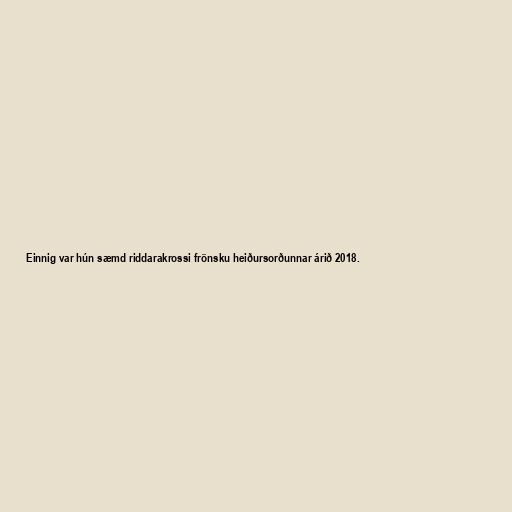
Einnig var hún sæmd riddarakrossi frönsku heiðursorðunnar árið 2018.